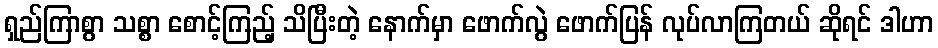
ရှည်ကြာစွာ သစ္စာ စောင့်ကြည့် သိပြီးတဲ့ နောက်မှာ ဖောက်လွဲ ဖောက်ပြန် လုပ်လာကြတယ် ဆိုရင် ဒါဟာ